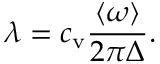
\lambda = c _ { \mathrm { v } } \frac { \langle \omega \rangle } { 2 \pi \Delta } .